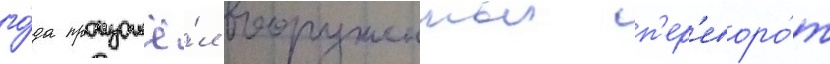
го́да произошё́л вооруженныи п'ер'еворо́т